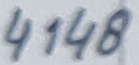
Text: 4148